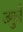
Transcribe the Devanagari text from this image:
जगुले